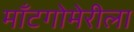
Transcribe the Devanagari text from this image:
माँटगोमेरीला